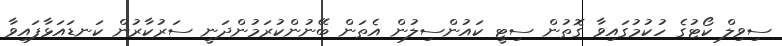
ސިވިލް ކޯޓުގެ ހުކުމުގައިވާ ގޮތުން ސިޓީ ކައުންސިލުން އެތަން ބޭނުންކުރަމުންދަނީ ސަރުކާރުން ކަނޑައަޅާފައިވާ